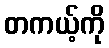
တကယ့်ကို